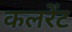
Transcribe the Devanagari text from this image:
कलरेंट